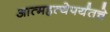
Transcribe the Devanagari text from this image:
आत्महत्येपर्यंतचे